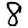
Digit: 8